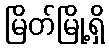
မြိတ်မြို့ရှိ